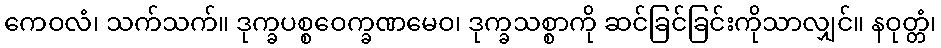
ကေဝလံ၊ သက်သက်။ ဒုက္ခပစ္စဝေက္ခဏမေဝ၊ ဒုက္ခသစ္စာကို ဆင်ခြင်ခြင်းကိုသာလျှင်။ နဝုတ္တံ၊